Maemoisa_(Sinalepa)_vallavalitsus, lk 21
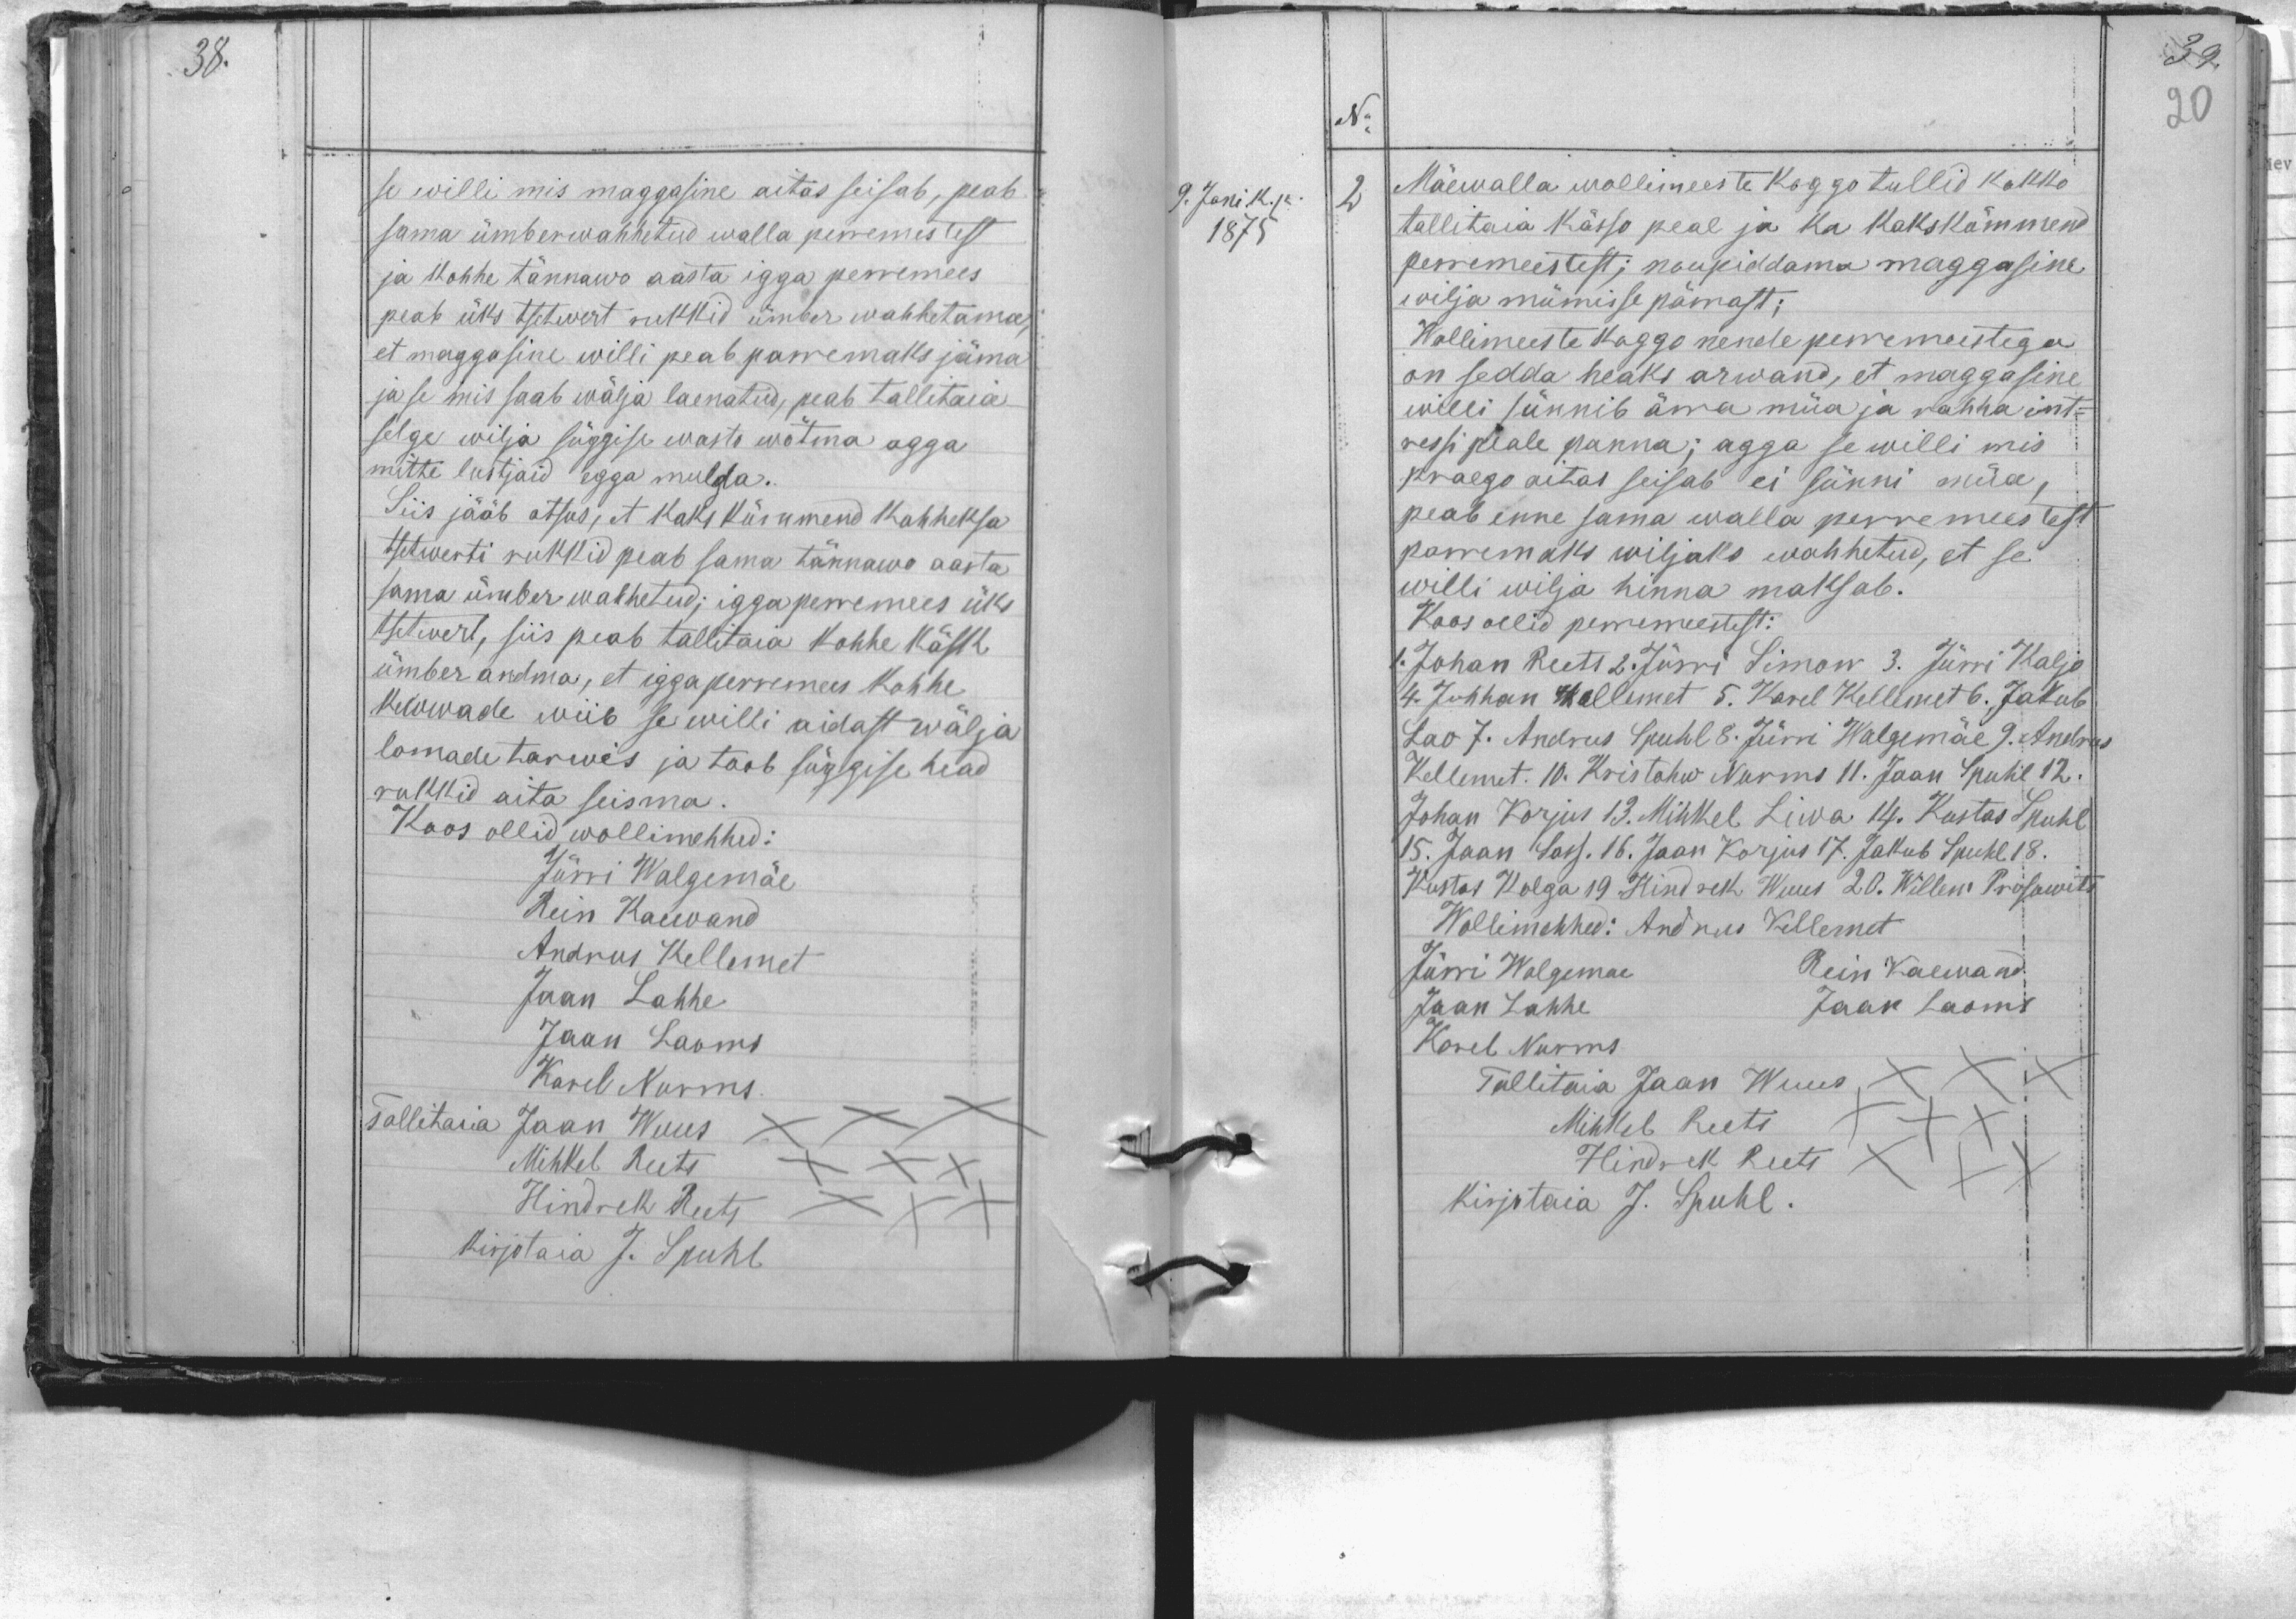
se willi mis maggasine aitas seisab, peab
sama ümberwahhetud walla peremestest
ja kohhe tännawo aasta igga perremees
peab üks tsetwert rukkid ümber wahhetama,
et maggasine willi peab parremaks jäma
ja se mis saab wälja laenatud, peab tallitaia
selge wilja süggise wasto wõtma agga
mitte lustjaid egga mulda.
Siis jääb otsus, et kaks kümmend kahheksa
tsetwerti rukkid peab sama tännawo aasta
sama ümber wahhetud; igga perremees üks
tsetwert, siis peab tallitaja kohhe käsk
ümber andma, et igga perremees kohhe
kewwade wiib se willi aidast wälja
lomade tarwis ja toob süggise head
rukkid aita seisma.
Koos ollid wollimehhed:
Jürri Walgemäe
Rein Kaewand
Andrus Kellemet
Jaan Lahhe
Jaan Laoms
Karel Nurms
Tallitaia Jaan Wuus
Mihkel Reets
Hindrek Reets
kirjotaja J. Spuhl

No
9. Janik. k.
2
Mäewalla wollimeeste koggo tullid kokko
1875
tallitaja kässo peal ja ka kakskümmend,
perremeestest; noupiddama maggasine
wilja mümisse pärrast;
Wollimeeste koggo nende perremeestega
on sedda heaks arwand, et maggasine
willi sünnib ärra müa ja rahha int-
ressi peale panna; agga se willi mis
praego aitas seisab ei sünni müa,
peab enne sama walla perremeestest
paremaks wiljaks wahhetud, et se
willi wilja hinna maksab.
Koos ollid peremeestest:
1. Johan Reets 2. Jürri Simon 3. Jüri Kaljo
4. Juhhan Kellemet 5. Karel Kellemet 6. Jakub
Lao 7. Andrus Spuhl 8. Jürri Walgemäe 9. Andrus
Kellemet. 10. Kristohw Nurms 11. Jaan Spuhl 12.
Johan Korjus 13. Mihkel Liwa 14. Kustas Spuhl
15. Jaan Lass. 16. Jaan Korjus 17. Jakub Spuhl 18.
Kustas Kolga 19 Hindrek Wuus 20. Willem Prosowits
Wollimehhed: Andrus Kellemet
Jürri Walgemae Rein Kaewand
Jaan Lahhe Jaak Laoms
Karel Nurms
Tallitaia Jaan Wuus
Mihkel Reets
Hindrek Reets
kirjataia J. Spuhl.